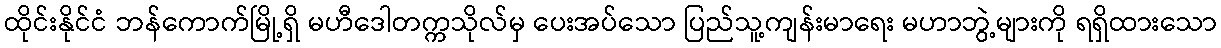
ထိုင်းနိုင်ငံ ဘန်ကောက်မြို့ရှိ မဟီဒေါတက္ကသိုလ်မှ ပေးအပ်သော ပြည်သူ့ကျန်းမာရေး မဟာဘွဲ့များကို ရရှိထားသော